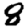
Digit: 8